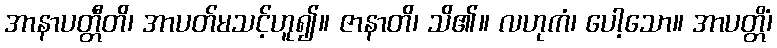
အာနာပတ္တီတိ၊ အာပတ်မသင့်ဟူ၍။ ဇာနာတိ၊ သိ၏။ လဟုကံ၊ ပေါ့သော။ အာပတ္တိံ၊